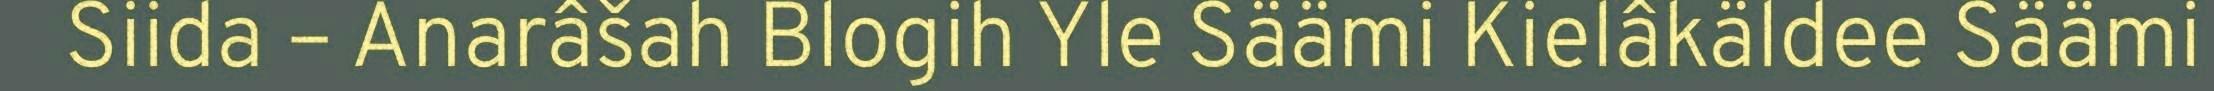
Siida – Anarâšah Blogih Yle Säämi Kielâkäldee Säämi